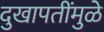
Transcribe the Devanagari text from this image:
दुखापतींमुळे